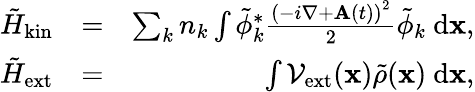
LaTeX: \begin{array}{rlr}{\tilde{H}_{\mathrm{kin}}}&{=}&{\sum_{k}{n_{k}\int\tilde{\phi}_{k}^{*}\frac{\left(-i\nabla+{\mathbf A}(t)\right)^{2}}{2}\tilde{\phi}_{k}\ \mathrm{d}{\mathbf x}},}\\ {\tilde{H}_{\mathrm{ext}}}&{=}&{\int{\mathcal{V}_{\mathrm{ext}}({\mathbf x})\tilde{\rho}({\mathbf x})\ \mathrm{d}{\mathbf x}},}\end{array}